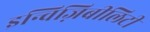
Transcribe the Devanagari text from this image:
इन्विज़िबीलिटी